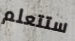
ستتعلم